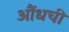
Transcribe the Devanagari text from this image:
औंधची